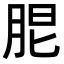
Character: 𦚢